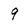
Character: 9